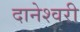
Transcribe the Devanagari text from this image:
दानेश्वरी